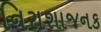
નિરાશાજનક